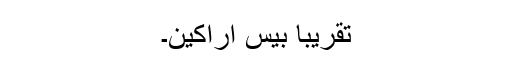
تقریبا بیس اراکین۔